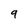
Character: 9